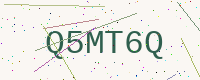
Text: Q5MT6Q